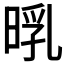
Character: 𣈃